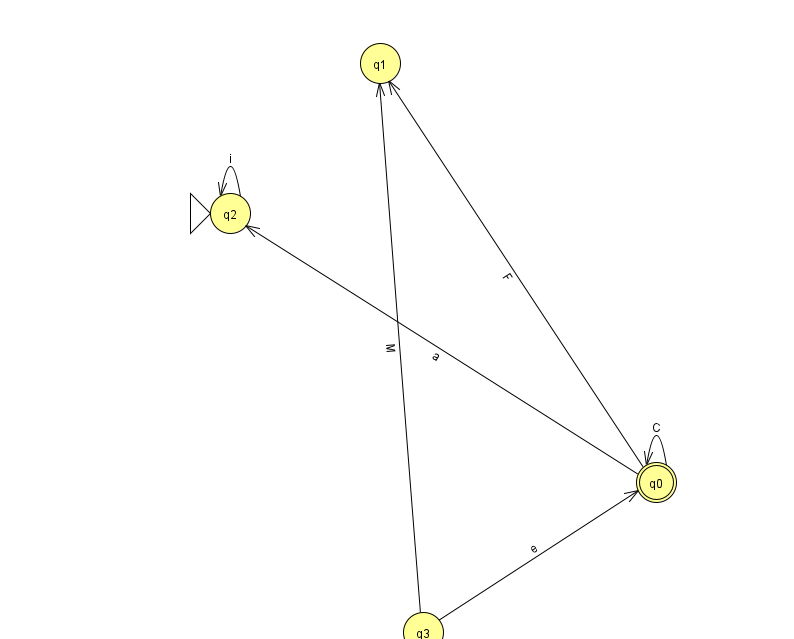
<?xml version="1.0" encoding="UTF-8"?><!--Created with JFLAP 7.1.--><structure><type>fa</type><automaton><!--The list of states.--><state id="0" name="q0"><x>656.0</x><y>469.0</y><final/></state><state id="1" name="q1"><x>380.0</x><y>50.0</y></state><state id="2" name="q2"><x>230.0</x><y>200.0</y><initial/></state><state id="3" name="q3"><x>423.0</x><y>619.0</y></state><!--The list of transitions.--><transition><from>3</from><to>1</to><read>M</read></transition><transition><from>0</from><to>0</to><read>C</read></transition><transition><from>3</from><to>0</to><read>e</read></transition><transition><from>2</from><to>2</to><read>i</read></transition><transition><from>0</from><to>2</to><read>a</read></transition><transition><from>0</from><to>1</to><read>F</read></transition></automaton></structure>